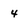
Character: 4